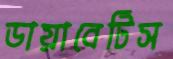
ডায়াবেটিস